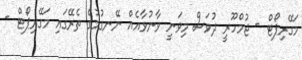
މަގޭރިޕޯޓް - ޖުމްހޫރީ ދުވަސް މިވަނީ ވާނުވާއެއް ނޭނގުމުގެ ތެރޭގައި މަގޭރިޕޯޓް -